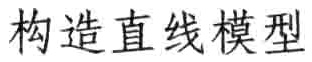
构造直线模型